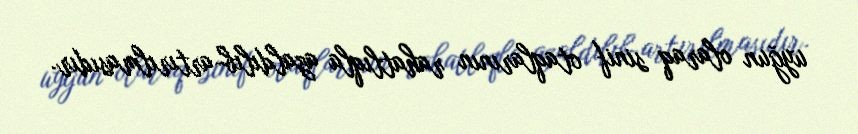
uyğun olaraq sinif otaqlarının rahatlıqla azaldılıb-artırılmasıdır.